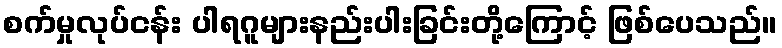
စက်မှုလုပ်ငန်း ပါရဂူများနည်းပါးခြင်းတို့ကြောင့် ဖြစ်ပေသည်။